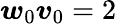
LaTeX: \boldsymbol{w}_{0}\boldsymbol{v}_{0}=2